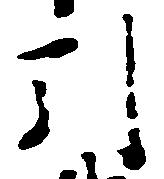
引